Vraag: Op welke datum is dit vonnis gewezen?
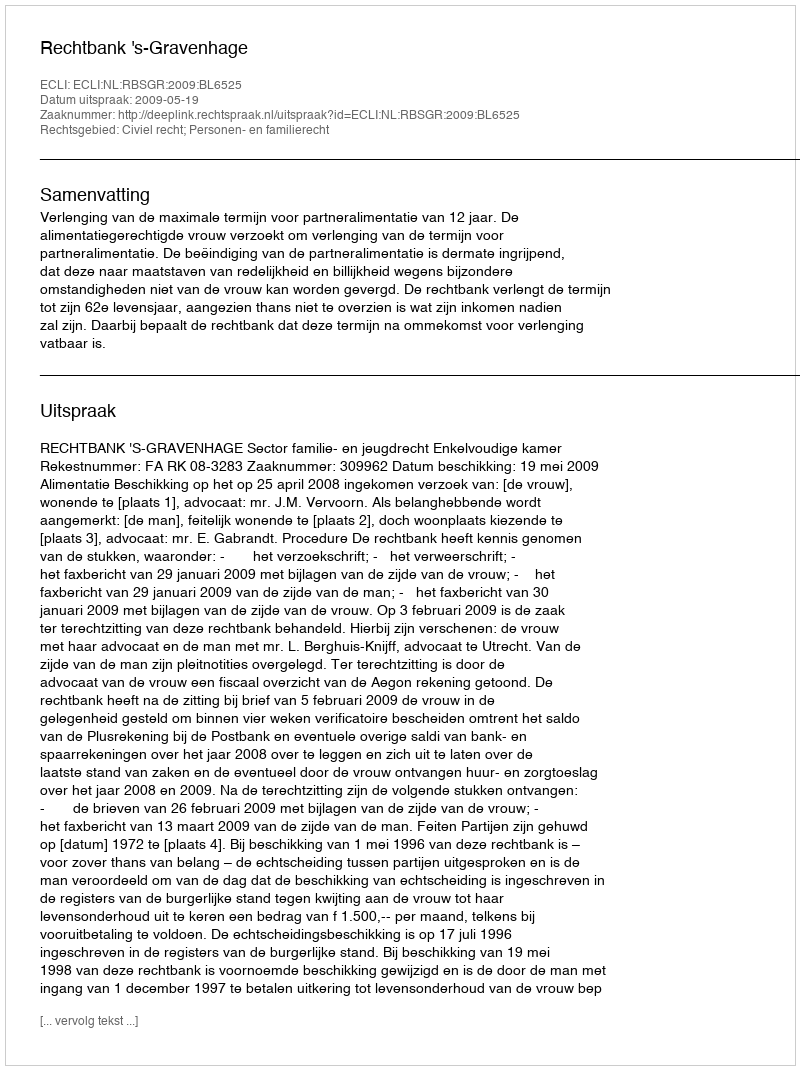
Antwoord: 2009-05-19